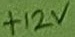
Text: +12V